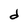
Character: d